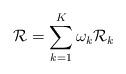
LaTeX: \begin{align*}{\mathcal{R}} = \sum\limits_{k = 1}^K {\omega_k{\mathcal{R}}_k}\end{align*}